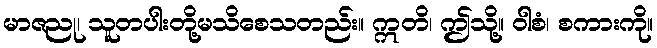
မာဇညု၊ သူတပါးတို့မသိစေသတည်း။ ဣတိ၊ ဤသို့။ ဝါစံ၊ စကားကို။